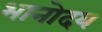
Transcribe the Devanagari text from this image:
भानोदय